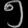
Digit: ၅